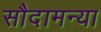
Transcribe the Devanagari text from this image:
सौदामन्या